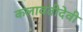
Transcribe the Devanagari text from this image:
कलावतीदेवी